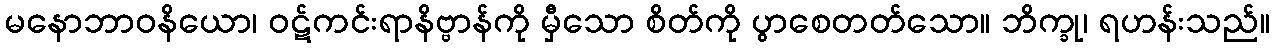
မနောဘာဝနိယော၊ ဝဋ်ကင်းရာနိဗ္ဗာန်ကို မှီသော စိတ်ကို ပွာစေတတ်သော။ ဘိက္ခု၊ ရဟန်းသည်။